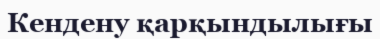
Кендену қарқындылығы